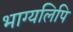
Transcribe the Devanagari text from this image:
भाग्यलिपि